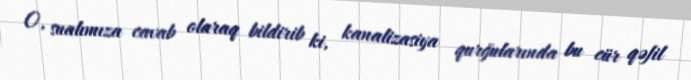
O, sualımıza cavab olaraq bildirib ki, kanalizasiya qurğularında bu cür qəfil